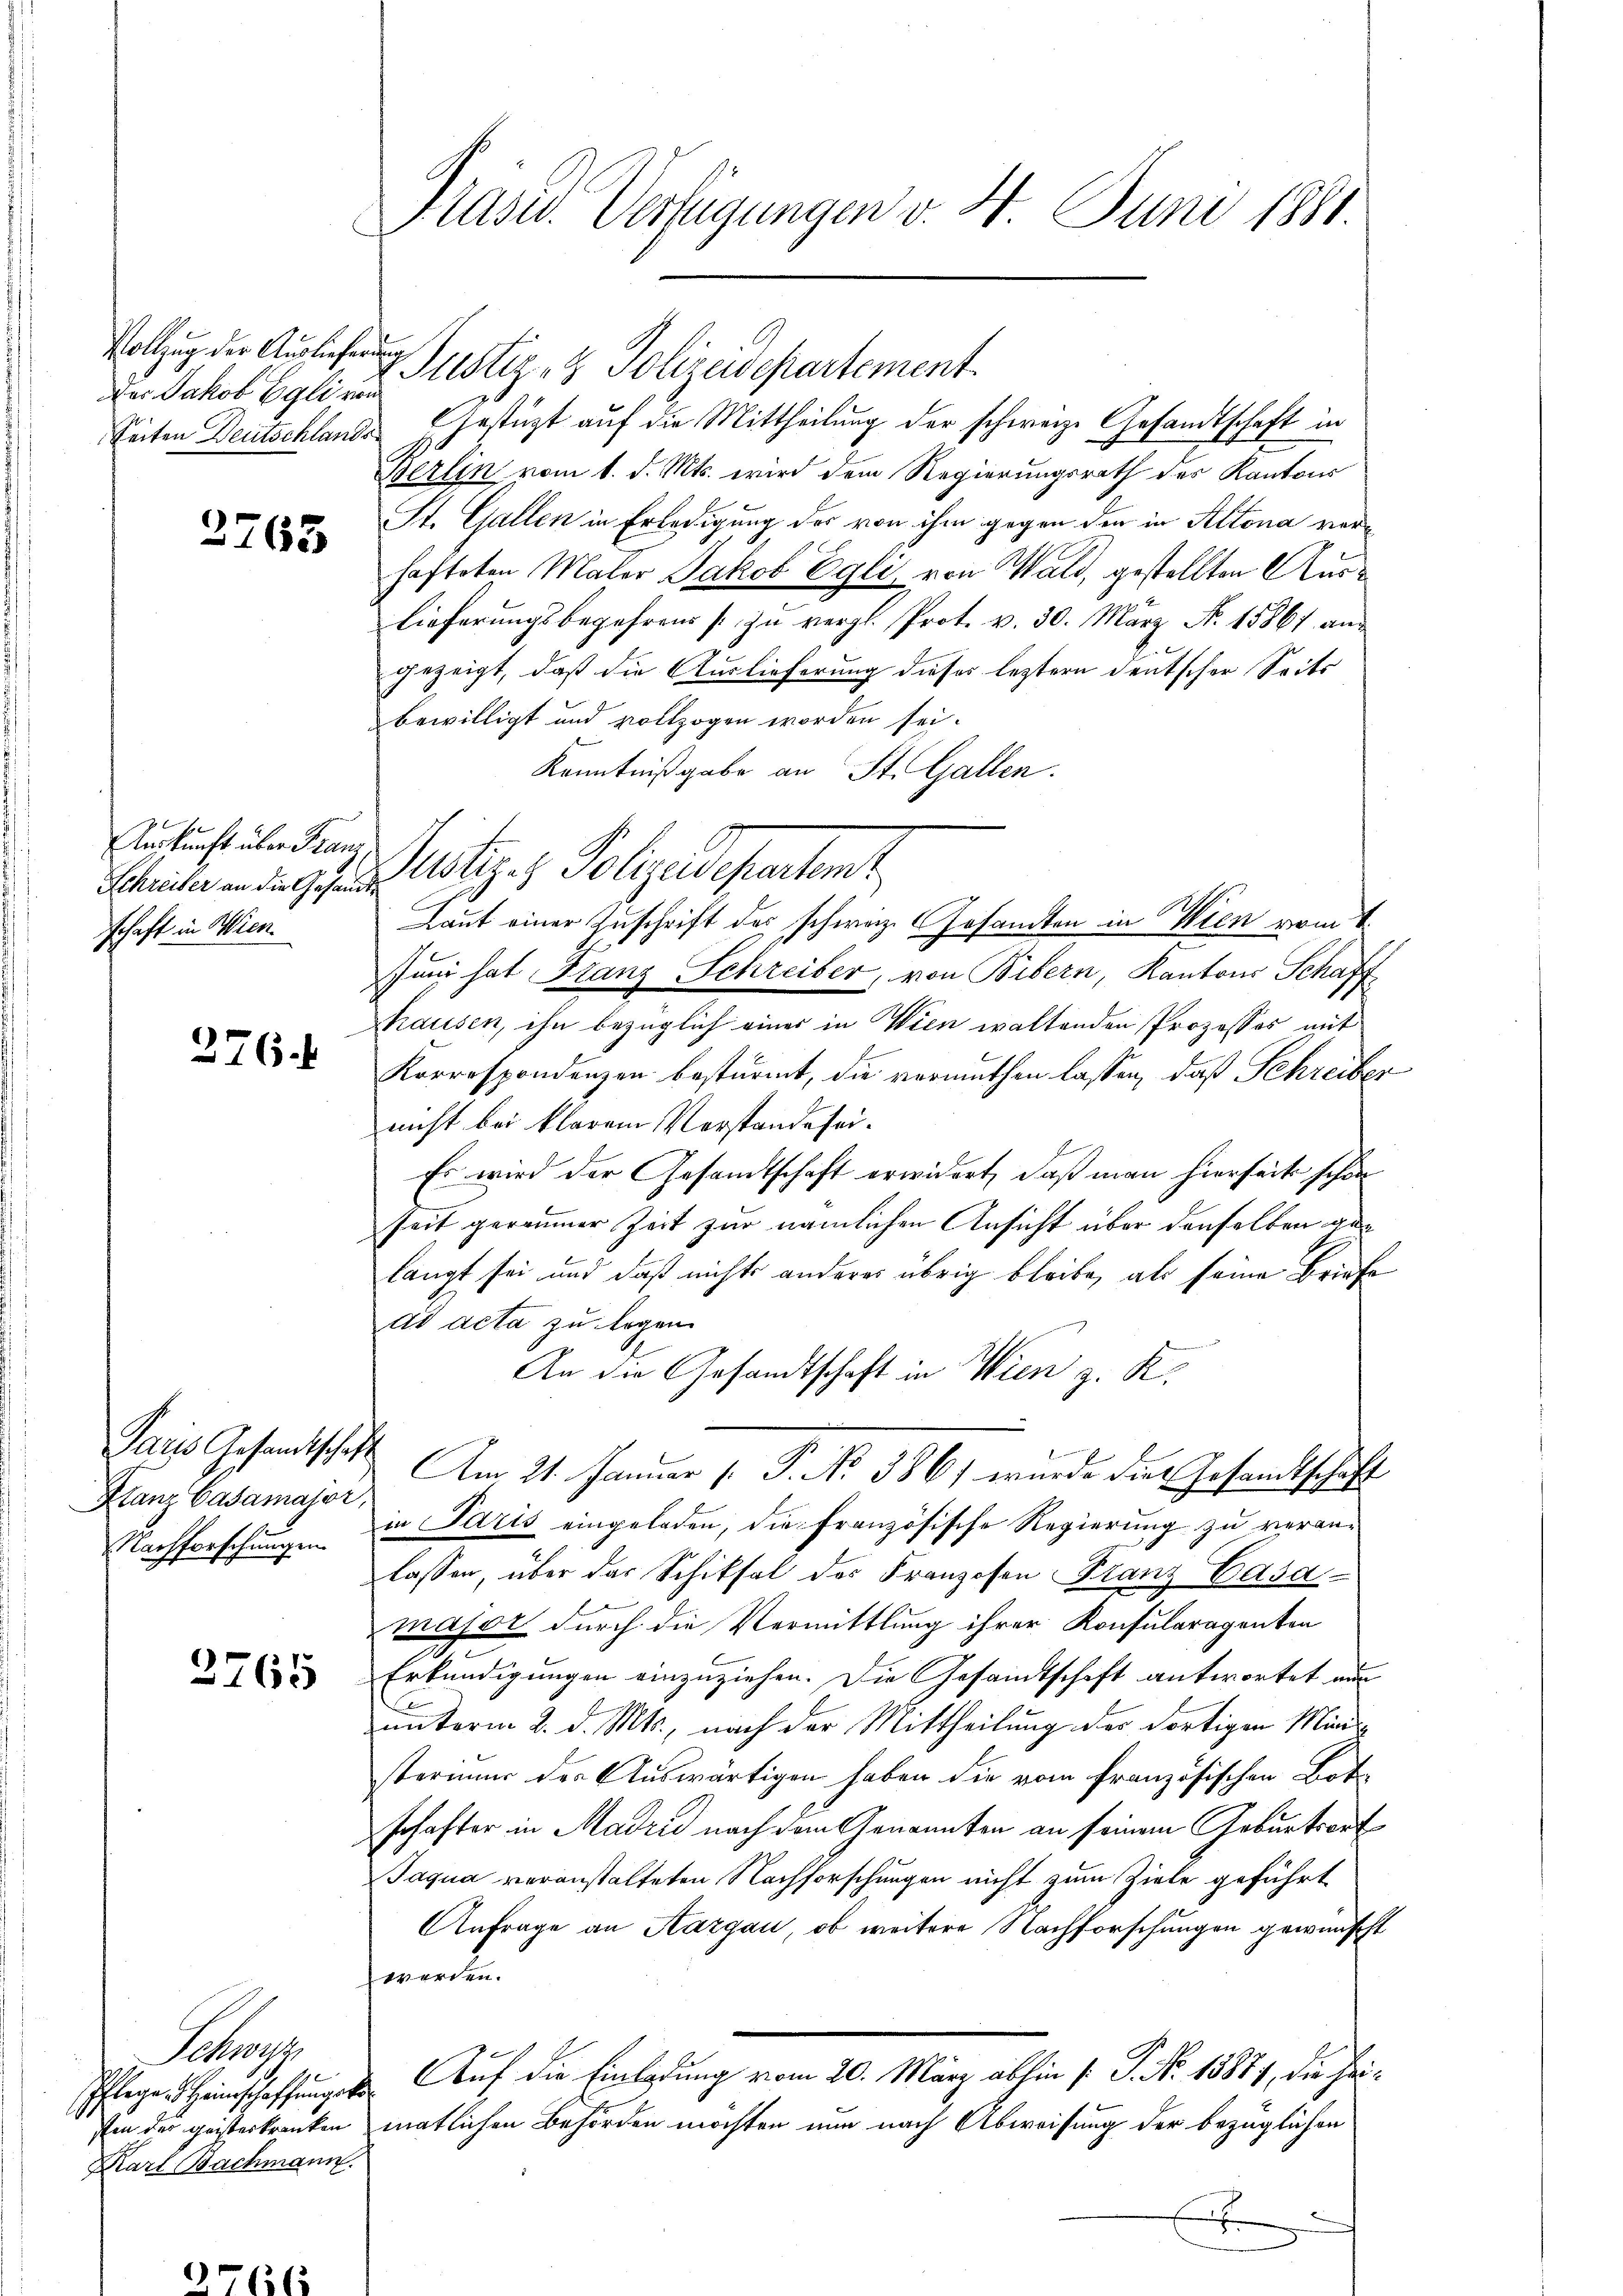
Vollzug der Auslieferung
das Jakob Egli von

2765

Auskunft über Franz
schaft in Wien.

276.

Paris Gesandtschaft
Stanz Casamajor,
Nachforschungen

2765

Pewa
Pflege Heimschaffungsko
Karl Bachmann.

Präsid. Verfügungen v. 4. Juni 1811.

Seiten Deutschlande Gestüzt auf die Mittheilung der schweize Gesandtschaft in
Berlin vom 1. d. Mts. wird dem Regierungsrath des Kantons
St. Gallen in Erledigung des von ihm gegen den in Altona verhafteten Maler Jakob Egli, von Wald, gestellten Auslieferungsbegehrens zu vergl. Prot. v. 30. März N. 15861 an
gezeigt, daß die Auslieferung dieses letztern deutscher Seits
bewilligt und vollzogen worden sei.
Kenntnißgabe an St. Gallen.
Juni hat Franz Schreiber, von Bibern, Kantons Schaffhausen, ihn bezüglich einer in Wien waltenden Prozessos mit
Korrespondenzen bestürmt, die vermuthen lassen, daß Schreiber
nicht bei klarem Verstande sei¬
Es wird der Gesandtschaft erwidert, daß man hierseite schön
seit geraumer Zeit zur nämlichen Ansicht über denselben gelangt sei und daß nichts anderes übrig bleibe, als seine Briefe
ad acta zu legen.
An die Gesandtschaft in Wien z. K.
Am 11. Januar 1. P. R. 386, wurde das Gesandtschäft
in Paris eingeladen, die französische Regierung zu veranlassen, über das Schiksal der Franzosen Franz Casa
major durch die Vermittlung ihrer Konsularagenten
Erkundigungen einzuziehen. Die Gesamtschaft antwortet nun
unterm 2. d. Mts., nach der Mittheilung der dortigen Ministerium des Auswärtigen haben die vom französischen Bote
schafter in Madrid nach dem Genannten an seinem Geburtsort
Jaqua veranstalteten Nachforschungen nicht zum Ziele geführt
Anfrage an Aargau, ob weitere Nachforschungen gewünscht
werden.
Auf die Einladung vom 20. März abhin (: P. Nr. 15887, die Heisten der geisterkranken matlichen Behörden möchten nun nach Abweisung der bezüglichen
.

Justiz- & Polizeidepartement

Scheine an den 9. Notiz & Polizeidepartent
Laut einer Zuschrift des schweiz. Gesamten in Wien vom 1.